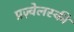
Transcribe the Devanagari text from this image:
प्रज़्वेलस्की